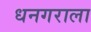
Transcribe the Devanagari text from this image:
धनगराला